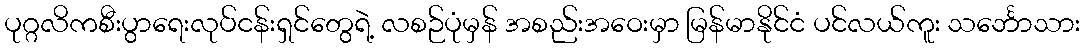
ပုဂ္ဂလိကစီးပွာရေးလုပ်ငန်းရှင်တွေရဲ့ လစဉ်ပုံမှန် အစည်းအဝေးမှာ မြန်မာနိုင်ငံ ပင်လယ်ကူး သင်္ဘောသား